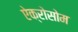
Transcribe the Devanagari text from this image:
ऐक्रोसोम